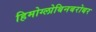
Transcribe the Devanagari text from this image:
हिमोग्लोबिनबरोबर